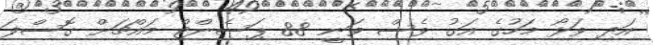
އަދި ވަޅޯ މަހުގެ އަގު ވެސް ވަނީ 88 ޕަސެންޓް މައްޗަށް ގޮސްފަ